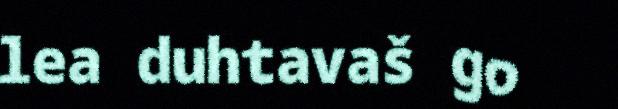
lea duhtavaš go